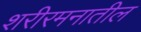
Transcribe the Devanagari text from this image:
शरीरमनातील